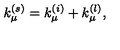
k _ { \mu } ^ { ( s ) } = k _ { \mu } ^ { ( i ) } + k _ { \mu } ^ { ( l ) } ,